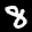
Label: 8